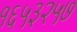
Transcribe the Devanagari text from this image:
१६५३२५७